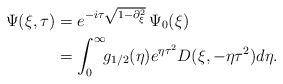
\begin{align*}\Psi(\xi, \tau) &= e^{-i\tau\sqrt{1-\partial^{2}_{\xi}}}\, \Psi_{0}(\xi) \\&= \int_{0}^{\infty}\!\! g_{1/2}(\eta) e^{\eta \tau^{2}} D(\xi, - \eta \tau^{2}) d\eta.\end{align*}